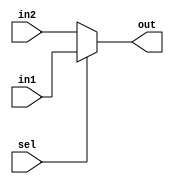
module mux #(
    parameter SIZE = 8 ) (
    output [SIZE-1:0] out,
    input [SIZE-1:0] in1,
    input [SIZE-1:0] in2,
    input sel );
    assign out = sel?in1:in2;
endmodule